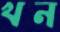
খন